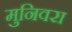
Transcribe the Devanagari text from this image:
मुनिवरा